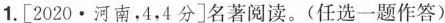
1. [2020.河南，4，4分]名著阅读。(任选一题作答)